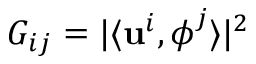
G _ { i j } = | \langle { \bf u } ^ { i } , \boldsymbol { \phi } ^ { j } \rangle | ^ { 2 }